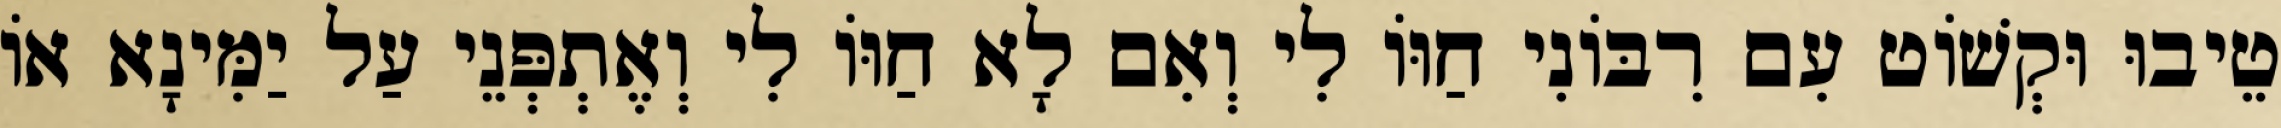
טֵיבוּ וּקְשׁוֹט עִם רִבּוֹנִי חַוּוֹ לִי וְאִם לָא חַוּוֹ לִי וְאֶתְפְּנֵי עַל יַמִּינָא אוֹ